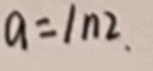
$a = \ln 2.$